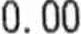
0.00